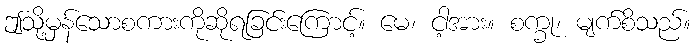
ဤသို့မှန်သောစကားကိုဆိုရခြင်းကြောင့်။ မေ၊ ငါ့အား။ စက္ခု၊ မျက်စိသည်။